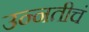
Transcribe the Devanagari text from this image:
उन्नतीचं